Report of the Bombay Veterinary College
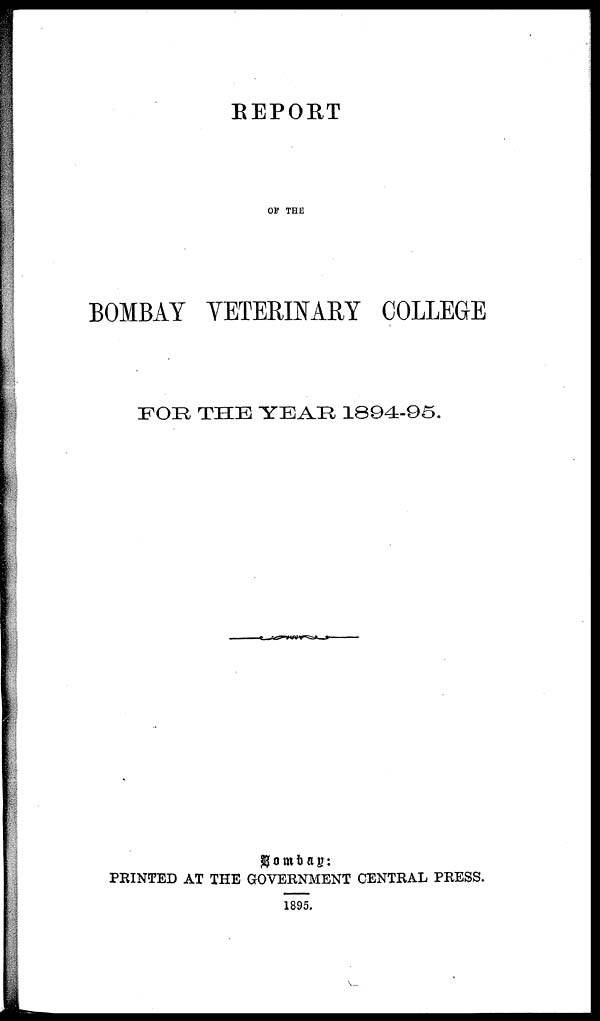
REPORT
OF THE
BOMBAY VETERINARY COLLEGE
FOR THE YEAR 1894-95.
Bombay:
PRINTED AT THE GOVERNMENT CENTRAL PRESS.
1895.